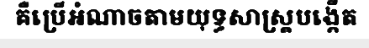
គឺប្រើអំណាចតាមយុទ្ធសាស្ត្របង្កើត